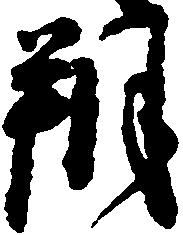
朔